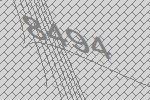
8494